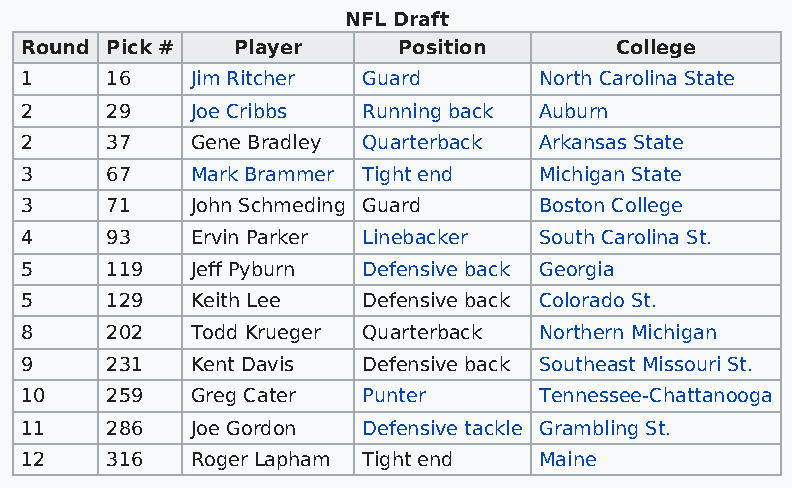
NFL Draft
 Round Pick #  Player     Position       College
 1     16    Jim Ritcher Guard      North Carolina State
 2     29    Joe Cribbs Running back Auburn
 2     37    Gene Bradley Quarterback Arkansas State
 3     67    Mark Brammer Tight end Michigan State
 3     71    John Schmeding Guard   Boston College
 4     93    Ervin Parker Linebacker South Carolina St.
 5     119   Jeff Pyburn Defensive back Georgia
 5     129   Keith Lee  Defensive back Colorado St.
 8     202   Todd Krueger Quarterback Northern Michigan
 9     231   Kent Davis Defensive back Southeast Missouri St.
 10    259   Greg Cater Punter      Tennessee-Chattanooga
 11    286   Joe Gordon Defensive tackle Grambling St.
 12    316   Roger Lapham Tight end Maine